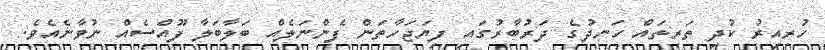
ހުރިއިރު ކުދި ތަރިތައް ހަނދުގެ ދަރުބާރުގައި ފިޔަޖަހާތަން ފެންނަލެއް ބަލާބަލާ ފޫއްސެއް ނުވާނެއެވެ.